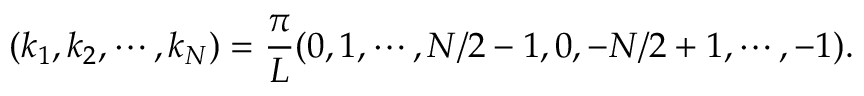
( k _ { 1 } , k _ { 2 } , \cdots , k _ { N } ) = \frac { \pi } { L } ( 0 , 1 , \cdots , N / 2 - 1 , 0 , - N / 2 + 1 , \cdots , - 1 ) .